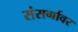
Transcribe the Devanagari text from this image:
संसर्गावर